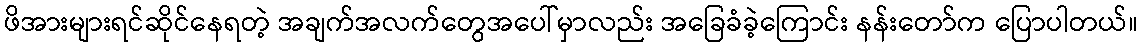
ဖိအားများရင်ဆိုင်နေရတဲ့ အချက်အလက်တွေအပေါ်မှာလည်း အခြေခံခဲ့ကြောင်း နန်းတော်က ပြောပါတယ်။